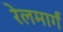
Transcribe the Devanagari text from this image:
रेलमार्गं